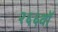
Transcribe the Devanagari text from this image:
२६६वॉ